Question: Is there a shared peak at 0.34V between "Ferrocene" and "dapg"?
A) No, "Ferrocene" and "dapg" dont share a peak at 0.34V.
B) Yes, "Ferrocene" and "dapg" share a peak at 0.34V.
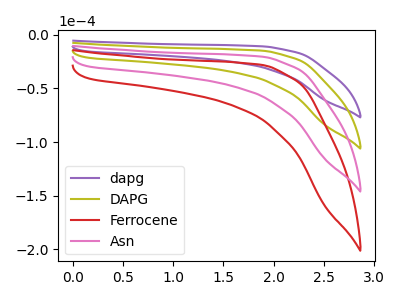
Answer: <think>The purple curve "dapg" has no peaks. The olive curve "DAPG" has no peaks. The red curve "Ferrocene" has no peaks. The pink curve "Asn" has no peaks.</think>
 <answer>A) No, "Ferrocene" and "dapg" dont share a peak at 0.34V.</answer>
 <eval>A</eval>